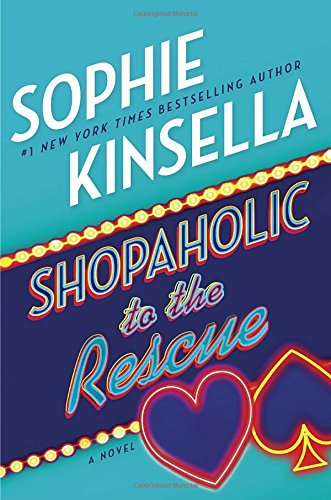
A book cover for Shopaholic to the Rescue: A Novel; Sophie Kinsella; Romance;